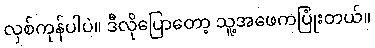
လှစ်ကုန်ပါပဲ။ ဒီလိုပြောတော့ သူ့အဖေကပြုံးတယ်။